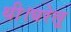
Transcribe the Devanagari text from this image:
थी।घरेलू